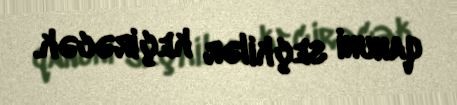
qanuni seçkilər keçirəcək.